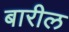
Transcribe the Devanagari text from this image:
बारील